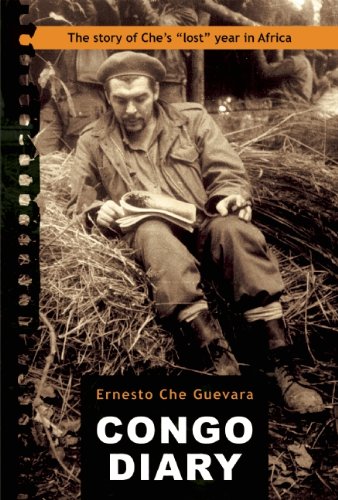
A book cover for Congo Diary: The Story of Che Guevara's "Lost" Year in Africa (Centro de Estudios Che Guevara); Ernesto Che Guevara; Biographies & Memoirs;